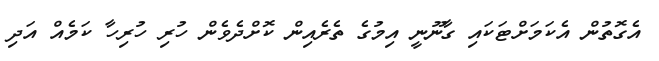
އެގޮތުން އެކަމަށްޓަކައި ގާނޫނީ އިމުގެ ތެރެއިން ކޮށްދެވެން ހުރި ހުރިހާ ކަމެއް އަދި